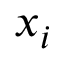
\boldsymbol { x } _ { i }